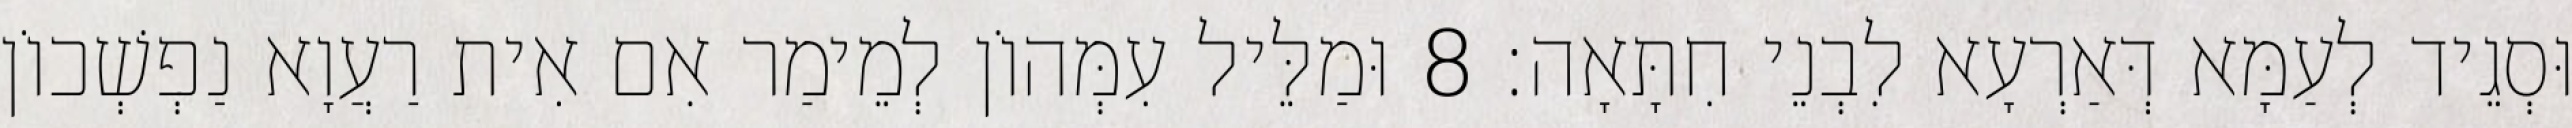
וּסְגֵיד לְעַמָּא דְּאַרְעָא לִבְנֵי חִתָּאָה׃ 8 וּמַלֵּיל עִמְּהוֹן לְמֵימַר אִם אִית רַעֲוָא נַפְשְׁכוֹן